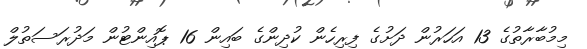
މިމުބާރާތުގެ 13 އަހަރުން ދަށުގެ ފިރިހެން ކުދިންގެ ބައިން 16 ޕޮއިންޓުން މަދުރަސަތުލް